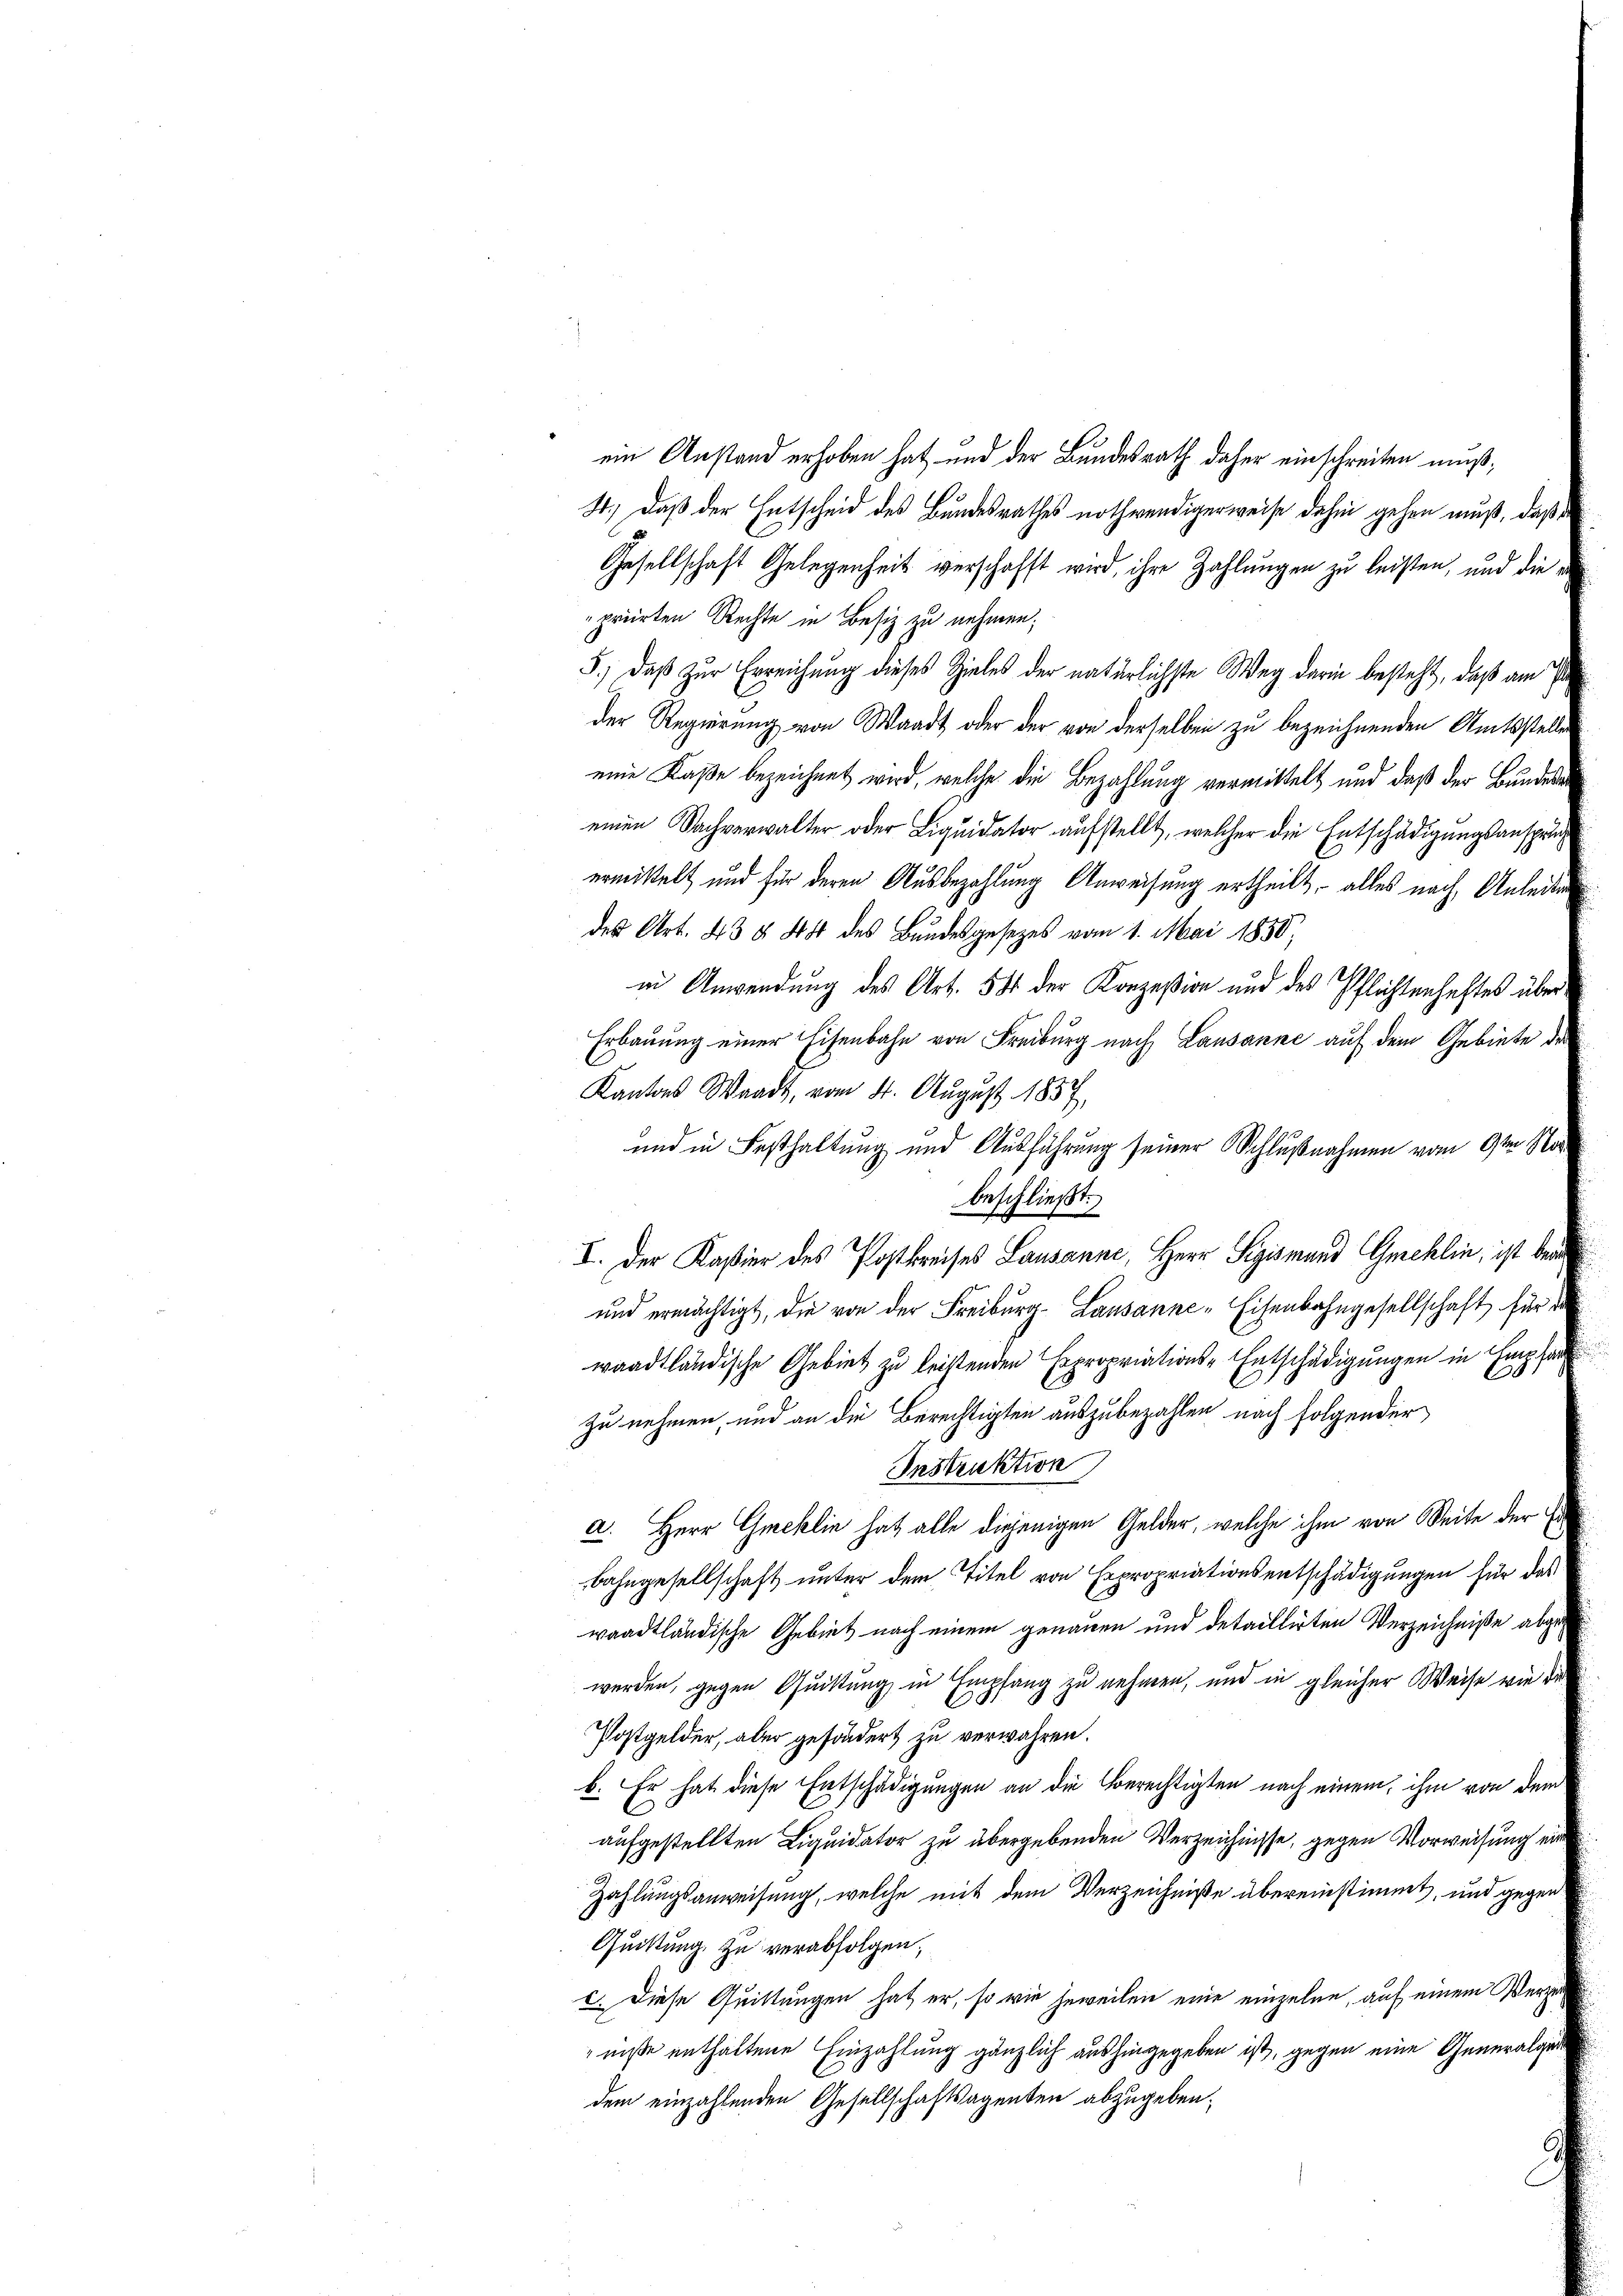
ein Anstand erhoben hat, und der Bundesrath daher einschreiten muß;
St.) Daß der Entscheid des Bundesrathes nothwendigerweise dahin gehen muß, daß
Gesellschaft Gelegenheit verschafft wird, ihre Zahlungen zu leisten, und die¬
"priirten Rechte in Besiz zu nehmen;
5.) Daß zur Erreichung dieses Zieles der natürlichste Weg darin besteht, daß am Pr
der Regierung von Waadt oder der von derselben zu bezeichnenden Amtsstellen
eine Kaße bezeichnet wird, welche die Bezahlung vermittelt und daß der Bundesa
einen Sachverwalter oder Liquidator aufstellt, welcher die Entschädigungsanspraermittelt und für deren Ausbezahlung Anweisung ertheilt, – alles nach Anleite
des Art. 43 § 45 des Bundesgesetzes vom 1. Mai 1850;
in Anwendung des Art. 54 der Konzeßion und des Pflichtenhaftes über
Erbauung einer Eisenbahn von Freiburg nach Lausanne auf dem Gebiete der
Kantons Waadt, vom 4. August 1857,
und ermächtigt, die von der Freiburg. Lausanne-Eisenbahngesellschaft für d
waadtländische Gebiet zu leistenden Expropriations-Entschädigungen in Empfar
zu nehmen, und an die Berechtigten auszubezahlen nach folgender
Instruktion
a. Herr Gmeklin hat alle diejenigen Gelder, welche ihm von Seite der Erbahngesellschaft unter dem Titel von Expropriationsentschädigungen für das
waadtländische Gebiet nach einem genauen und detaillirten Verzeichniße abgewerden, gegen Quittung in Empfang zu nehmen, und in gleicher Weise wie dr
e
Postgelder, aber gesondert zu verwahren.
b. Er hat diese Entschädigungen an die Vorrechtigten nach einem ihm von dem
aufgestellten Liquidator zu übergebenden Verzeichnisse, gegen Vorweisung ein
Zahlungsanweisung, welche mit dem Verzeichniße übereinstimmt, und gegen
Quittung zu verabfolgen,
c. Diese Quittungen hat er, so wie jeweilen eine einzelne, auf einem Verzer
niße enthaltene Einzahlung gänzlich aushingegeben ist, gegen eine Generalgedem einzahlenden Gesellschaftsagenten abzugeben.

und in Festhaltung und Ausführung seiner Schlußnahmen vom 9ten Nor
beschließt:
I. Der Kasier des Postkreises Lausanne, Herr Sigismand Gmehlin, ist bei